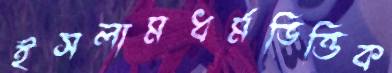
ইসলামধর্মভিত্তিক